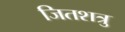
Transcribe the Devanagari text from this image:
जितशत्रु